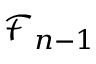
\mathcal { F } _ { n - 1 }